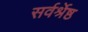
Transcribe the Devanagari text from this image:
सर्वर्श्रेष्ठ